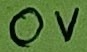
Text: 0V